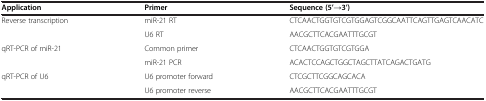
| Application | Primer | Sequence (5’→3’) |
 | --- | --- | --- |
 | <ROWSPAN=2> Reverse transcription | miR-21 RT | CTCAACTGGTGTCGTGGAGTCGGCAATTCAGTTGAGTCAACATC |
 | U6 RT | AACGCTTCACGAATTTGCGT |
 | <ROWSPAN=2> qRT-PCR of miR-21 | Common primer | CTCAACTGGTGTCGTGGA |
 | miR-21 PCR | ACACTCCAGCTGGCTAGCTTATCAGACTGATG |
 | <ROWSPAN=2> qRT-PCR of U6 | U6 promoter forward | CTCGCTTCGGCAGCACA |
 | U6 promoter reverse | AACGCTTCACGAATTTGCGT |